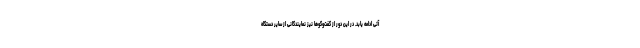
آتی ادامه یابد. در این دور از گفت‌وگوها نیز نمایندگانی از سایر دستگاه